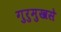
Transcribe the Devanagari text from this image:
गुरुमुखसे